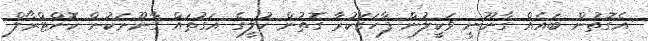
އެގޮތުން ބައެއް ގާނޫނީ ވަކީލުން ފާހަގަކުރާ ގޮތުން ކުލީގެ އަގުތައް ގާނޫނަކުން ކޮންޓްރޯލް